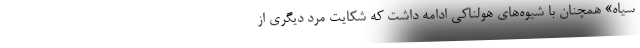
سیاه» همچنان با شیوه‌های هولناکی ادامه داشت که شکایت مرد دیگری از